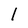
Character: 1